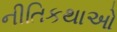
નીતિકથાઓ